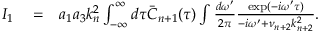
\begin{array} { r l r } { I _ { 1 } } & { { } = } & { a _ { 1 } a _ { 3 } k _ { n } ^ { 2 } \int _ { - \infty } ^ { \infty } d \tau \bar { C } _ { n + 1 } ( \tau ) \int \frac { d \omega ^ { \prime } } { 2 \pi } \frac { \exp ( - i \omega ^ { \prime } \tau ) } { - i \omega ^ { \prime } + \nu _ { n + 2 } k _ { n + 2 } ^ { 2 } } . } \end{array}